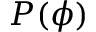
P ( \phi )